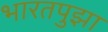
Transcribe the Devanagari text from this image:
भारतपुझा